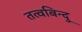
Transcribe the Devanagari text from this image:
तत्वबिन्दु